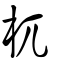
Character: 杌